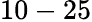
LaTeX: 10-25